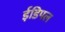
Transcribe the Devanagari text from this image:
ईडिपल